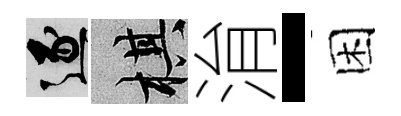
逐棋㳙-困